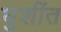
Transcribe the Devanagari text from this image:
घुशींत